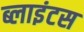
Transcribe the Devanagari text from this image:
ब्लाइंटस